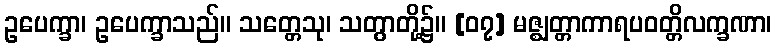
ဥပေက္ခာ၊ ဥပေက္ခာသည်။ သတ္တေသု၊ သတွာတို့၌။ [၀၇] မဇ္ဈတ္တာကာရပဝတ္တိလက္ခဏာ၊